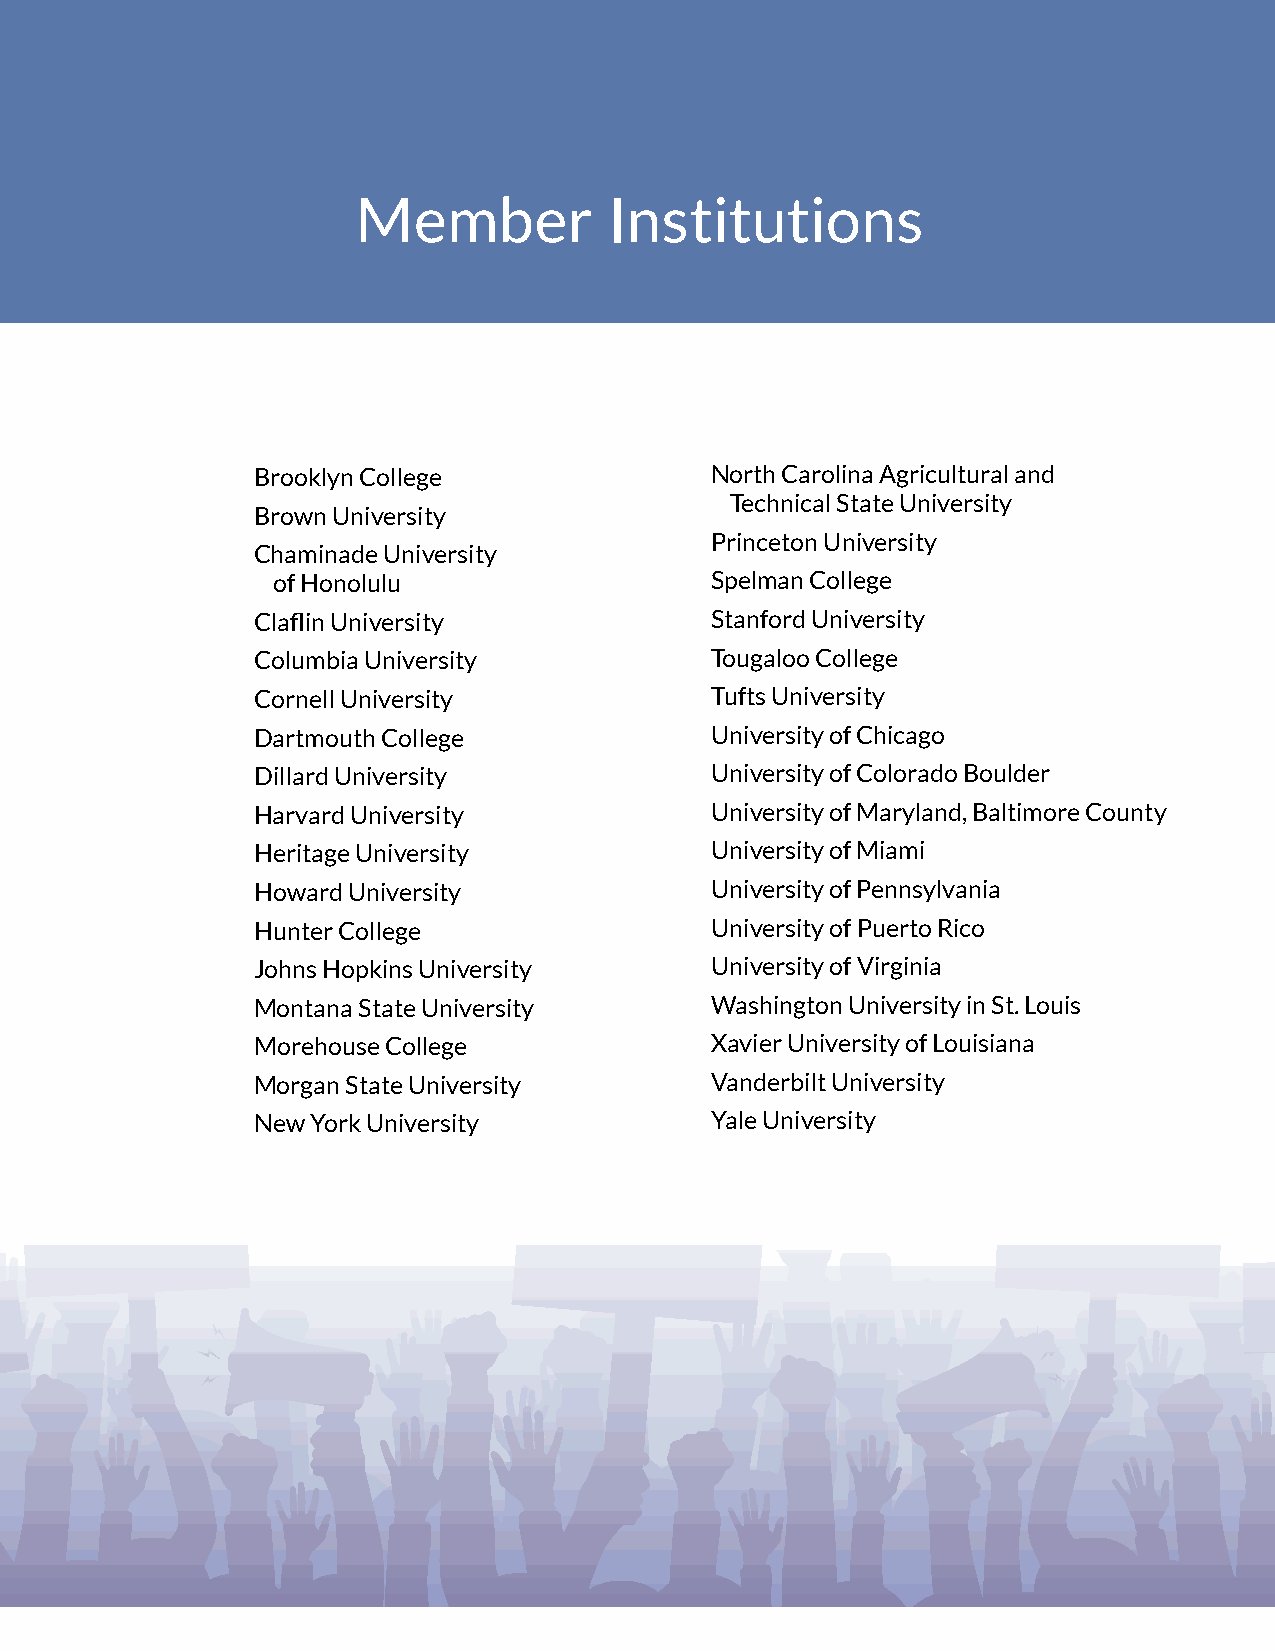
Member          Institutions
 Brooklyn College              North Carolina Agricultural and
 Technical State University
 Brown University
 Princeton University
 Chaminade University
 of Honolulu                  Spelman College
 Claflin University            Stanford University
 Columbia University           Tougaloo College
 Cornell University            Tufts University
 Dartmouth College             University of Chicago
 Dillard University            University of Colorado Boulder
 Harvard University            University of Maryland, Baltimore County
 Heritage University           University of Miami
 Howard University             University of Pennsylvania
 Hunter College                University of Puerto Rico
 Johns Hopkins University      University of Virginia
 Montana State University      Washington University in St. Louis
 Morehouse College             Xavier University of Louisiana
 Morgan State University       Vanderbilt University
 New York University           Yale University